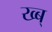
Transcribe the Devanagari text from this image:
ख्ब्